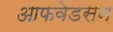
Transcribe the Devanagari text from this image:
आफवेडसन